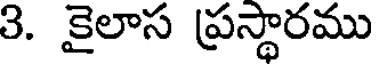
3. కైలాస ప్రస్థారము